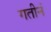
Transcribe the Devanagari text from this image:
गतीनं